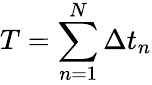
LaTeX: T=\sum_{n=1}^{N}\Delta t_{n}